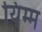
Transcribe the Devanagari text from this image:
यिम्म